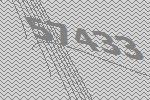
57433